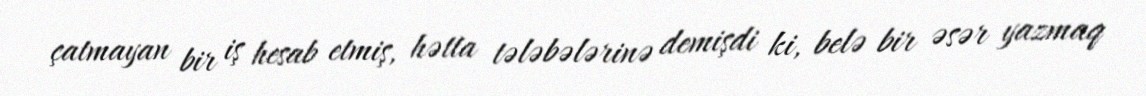
çatmayan bir iş hesab etmiş, hətta tələbələrinə demişdi ki, belə bir əsər yazmaq